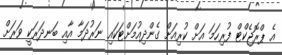
އެ ޕްރޮޖެކްޓް ފުރިހަމަ އަށް ކުރިއަށް ގެންދިއުމަށްޓަކައި ނަރުދަމާ އާއި ބަނދަރަކީ ވަރަށް